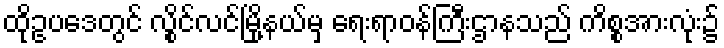
ထိုဥပဒေတွင် လွိုင်လင်မြို့နယ်မှ ရေးရာဝန်ကြီးဌာနသည် ကိစ္စအားလုံး၌